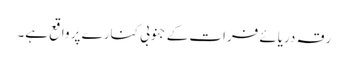
رقہ دریائے فرات کے جنوبی کنارے پر واقع ہے۔